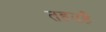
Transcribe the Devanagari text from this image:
तहतहै